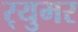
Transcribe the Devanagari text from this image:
र्‍युमर